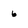
Character: 6